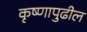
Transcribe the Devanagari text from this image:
कृष्णापुढील